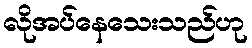
လိုအပ်နေသေးသည်ဟု